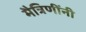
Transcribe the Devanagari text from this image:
मैत्रिणींनी